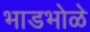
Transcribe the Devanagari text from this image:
भाडभोळे